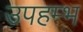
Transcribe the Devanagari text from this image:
उपहम्भ